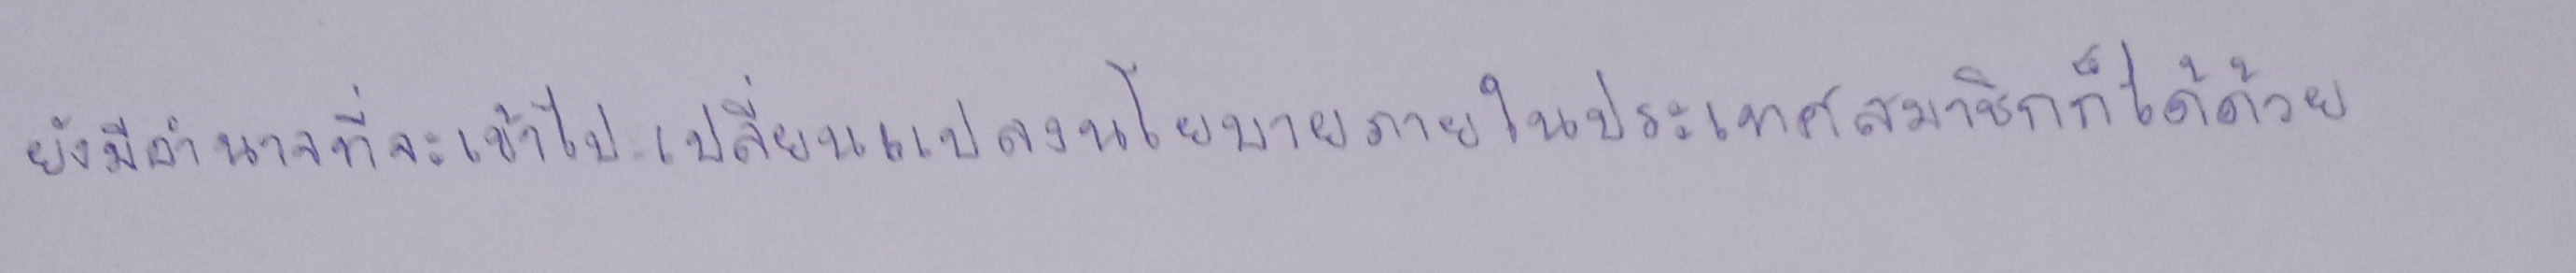
ยังมีอำนาจที่จะเข้าไปเปลี่ยนแปลงนโยบายภายในของประเทศสมาชิกก็ได้ด้วย